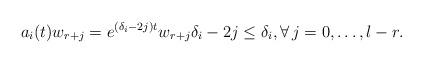
LaTeX: \begin{align*}a_i(t)w_{r+j}=e^{(\delta_i-2j)t}w_{{r+j}} \delta_{i}-2j\leq \delta_{i}, \forall \,j=0,\dots,l-r. \end{align*}